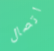
اتصال